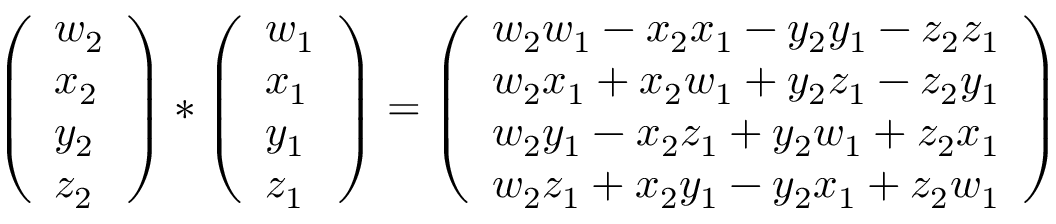
{ \left( \begin{array} { l } { w _ { 2 } } \\ { x _ { 2 } } \\ { y _ { 2 } } \\ { z _ { 2 } } \end{array} \right) } * { \left( \begin{array} { l } { w _ { 1 } } \\ { x _ { 1 } } \\ { y _ { 1 } } \\ { z _ { 1 } } \end{array} \right) } = { \left( \begin{array} { l } { { w _ { 2 } w _ { 1 } - x _ { 2 } x _ { 1 } - y _ { 2 } y _ { 1 } - z _ { 2 } z _ { 1 } } } \\ { { w _ { 2 } x _ { 1 } + x _ { 2 } w _ { 1 } + y _ { 2 } z _ { 1 } - z _ { 2 } y _ { 1 } } } \\ { { w _ { 2 } y _ { 1 } - x _ { 2 } z _ { 1 } + y _ { 2 } w _ { 1 } + z _ { 2 } x _ { 1 } } } \\ { { w _ { 2 } z _ { 1 } + x _ { 2 } y _ { 1 } - y _ { 2 } x _ { 1 } + z _ { 2 } w _ { 1 } } } \end{array} \right) }